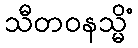
သီတဝနသ္မိံ